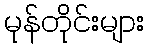
မုန်တိုင်းများ